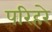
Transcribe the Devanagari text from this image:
परिहरे